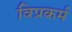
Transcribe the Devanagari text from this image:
विप्रकर्म